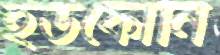
ইউফোনি